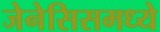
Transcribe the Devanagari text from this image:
जेनेसिसमध्ये